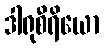
ဒါရုစီရိယော